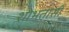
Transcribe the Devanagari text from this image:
शोभतासी